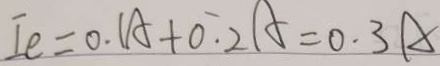
I e = 0 . 1 A + O . 2 A = 0 . 3 A